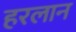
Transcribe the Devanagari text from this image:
हरलान